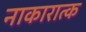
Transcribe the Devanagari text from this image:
नाकारात्क